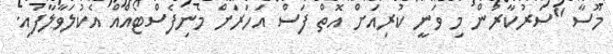
މޫސާ "ސަރުކާރުން މި ވަނީ ކުރިއަށް އޮތް ފަސް އަހަރަށް މެނިފެސްޓޯއެއް އެކުލަވާލާފައި.